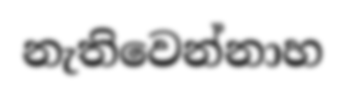
නැතිවෙන්නාහ